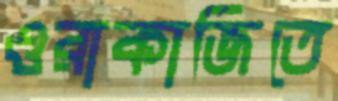
ওরাকাজিতে